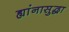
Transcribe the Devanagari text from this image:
ह्यांनासुद्धा